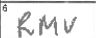
Transcription: RMV